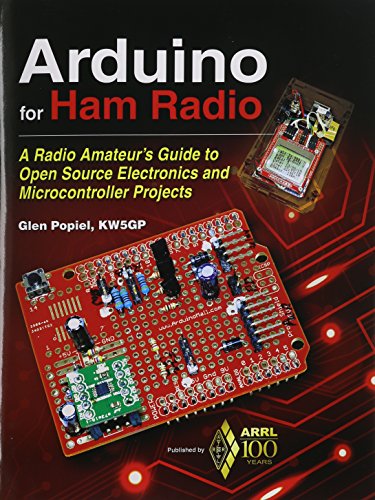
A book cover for Arduino for Ham Radio: A Radio Amateur's Guide to Open Source Electronics and Microcontroller Projects; ARRL Inc.; Engineering & Transportation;